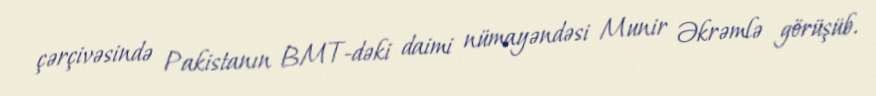
çərçivəsində Pakistanın BMT-dəki daimi nümayəndəsi Munir Əkrəmlə görüşüb.